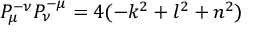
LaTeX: P _ { \mu } ^ { - \nu } P _ { \nu } ^ { - \mu } = 4 ( - k ^ { 2 } + l ^ { 2 } + n ^ { 2 } )